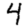
Digit: 4